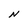
Character: N